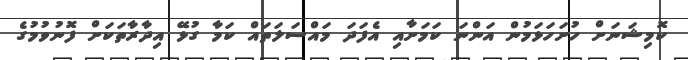
ކޮމިޝަނަށް ހުށަހަޅަމުން އަންނަ ކަމަށާއި އެފަދަ މައްސަލަތައް ކަމާ ގުޅޭ އިދާރާތަކަށް ފޮނުވުމުގެ